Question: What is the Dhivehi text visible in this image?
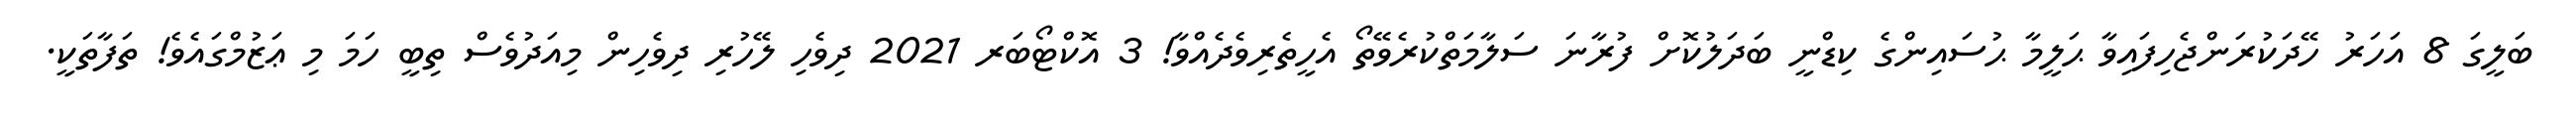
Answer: ބަލީގަ 8 އަހަރު ހޭދަކުރަންޖެހިފައިވާ ޙަލީމާ ޙުސައިންގެ ކިޑްނީ ބަދަލުކޮށް ފުރާނަ ސަލާމަތްކުރެވޭތޯ އެހީތެރިވެދެއްވާ! 3 އޮކްޓޯބަރ 2021 ދިވެހި ލޭހުރި ދިވެހިން މިއަދުވެސް ތިބީ ހަމަ މި ޢަޒުމްގައެވެ! ތަފާތަކީ.